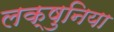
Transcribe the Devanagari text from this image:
लक्षुनिया